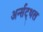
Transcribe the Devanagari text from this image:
अर्न्सट्थल